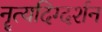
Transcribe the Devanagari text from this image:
नॄत्यदिग्दर्शन